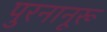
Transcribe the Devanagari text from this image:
पुरनानूरू